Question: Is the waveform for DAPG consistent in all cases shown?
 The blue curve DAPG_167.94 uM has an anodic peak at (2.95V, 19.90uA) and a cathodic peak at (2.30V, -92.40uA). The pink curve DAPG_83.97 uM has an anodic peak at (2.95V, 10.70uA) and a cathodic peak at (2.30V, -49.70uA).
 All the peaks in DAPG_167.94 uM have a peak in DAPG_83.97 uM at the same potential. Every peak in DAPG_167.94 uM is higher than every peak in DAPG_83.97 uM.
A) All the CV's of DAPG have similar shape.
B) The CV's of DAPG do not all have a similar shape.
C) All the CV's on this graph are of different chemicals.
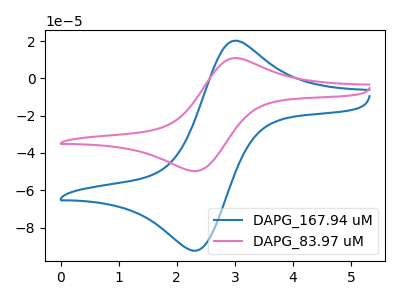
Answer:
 <answer>A) All the CV's of "DAPG" have similar shape.</answer>
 <eval>A</eval>